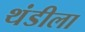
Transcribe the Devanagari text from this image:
थंडीला